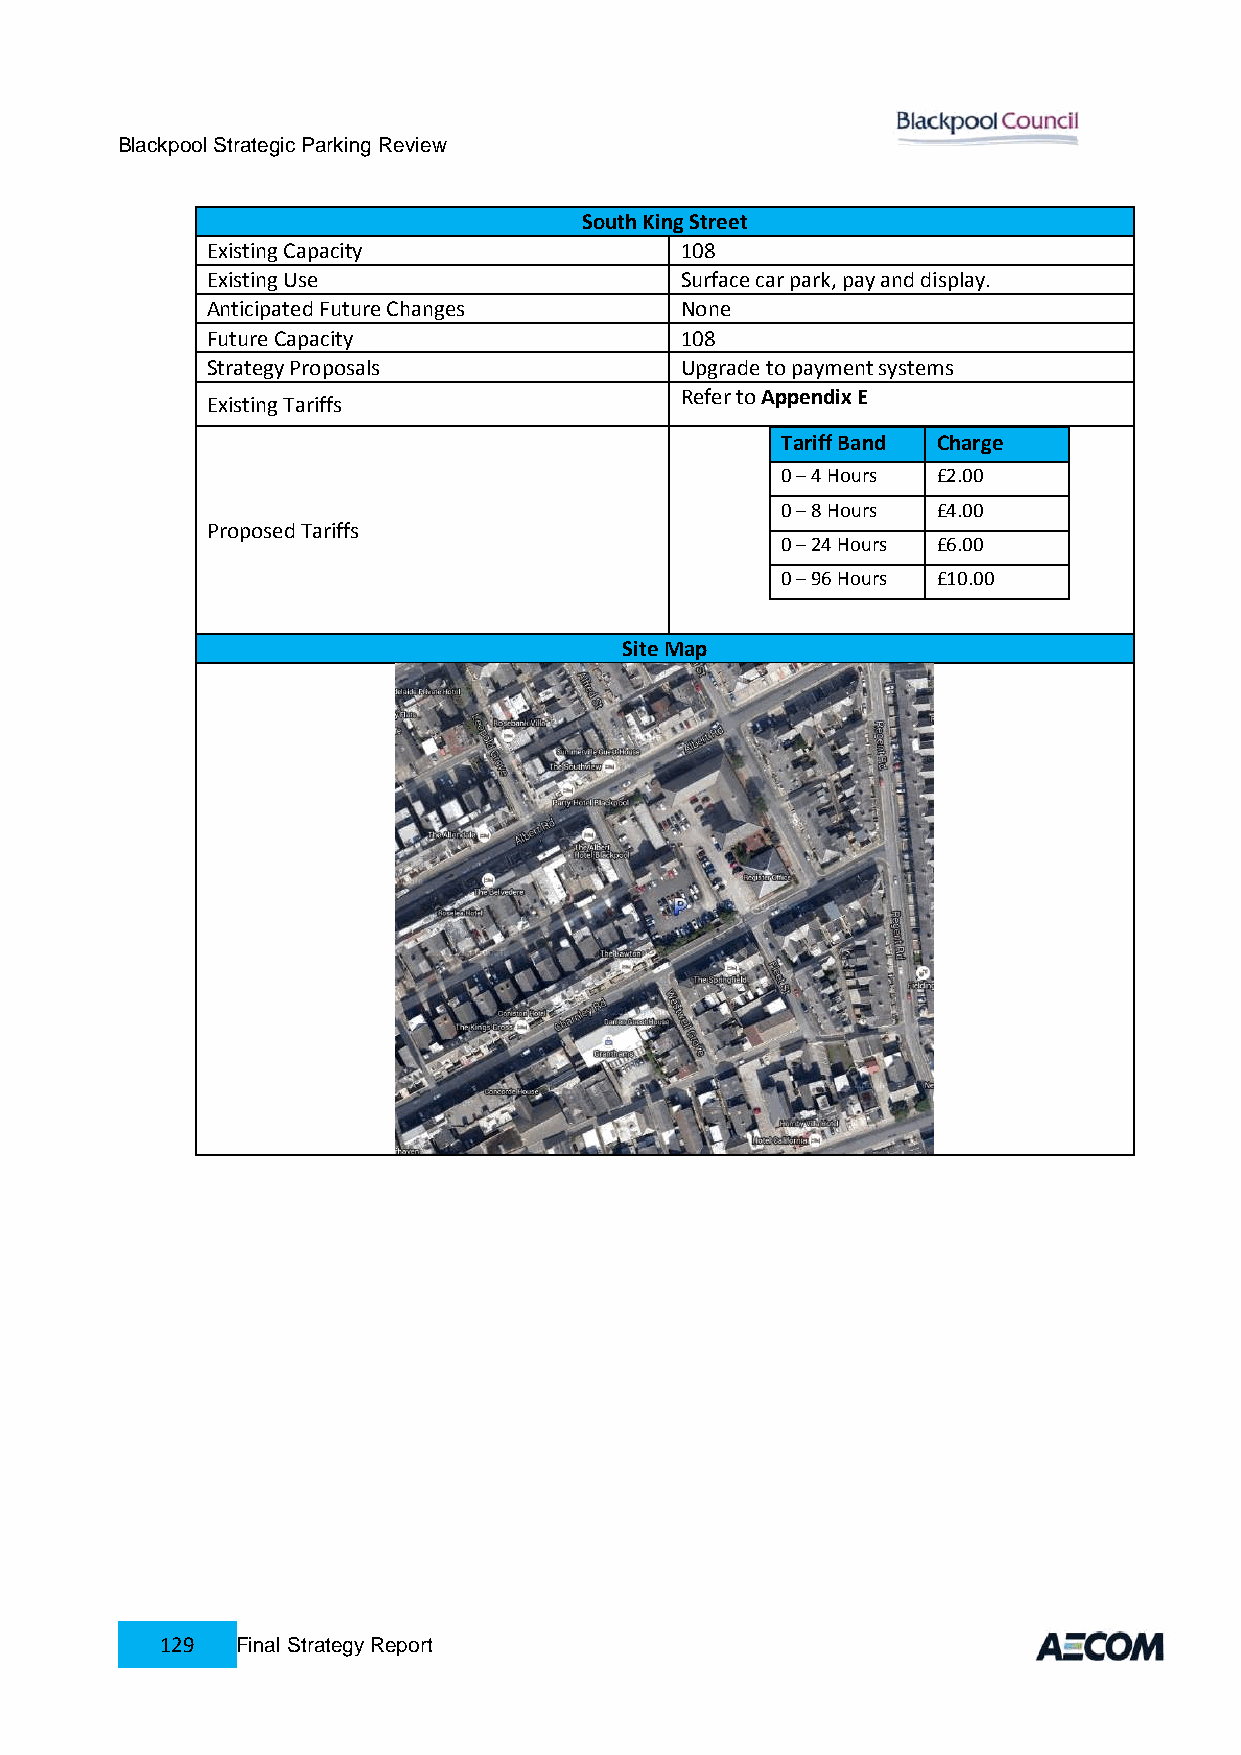
Blackpool Strategic Parking Review
 South King Street
 Existing Capacity              108
 Existing Use                   Surface car park, pay and display.
 Anticipated Future Changes     None
 Future Capacity                108
 Strategy Proposals             Upgrade to payment systems
 Refer to Appendix E
 Existing Tariffs
 Tariff Band Charge
 0 – 4 Hours £2.00
 0 – 8 Hours £4.00
 Proposed Tariffs
 0 – 24 Hours £6.00
 0 – 96 Hours £10.00
 Site Map
 129  Final Strategy Report